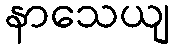
နာသေယျ